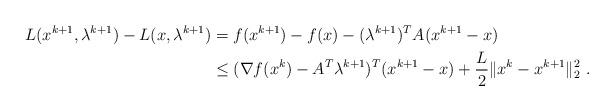
LaTeX: \begin{align*} L(x^{k+1},\lambda^{k+1})- L(x,\lambda^{k+1}) & = f(x^{k+1})-f(x) -(\lambda^{k+1})^TA(x^{k+1}-x) \\ & \leq (\nabla f(x^k)-A^T\lambda^{k+1})^T(x^{k+1}-x)+\frac{L}{2}\|x^{k}-x^{k+1}\|_2^2\ . \end{align*}